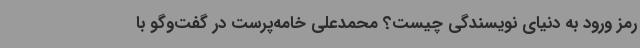
رمز ورود به دنیای نویسندگی چیست؟ محمدعلی خامه‌پرست در گفت‌وگو با